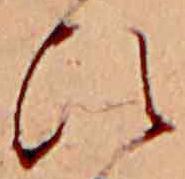
ひ